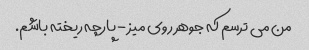
من می ترسم که جوهر روی میز - پارچه ریخته باشم.